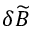
\delta \widetilde { B }